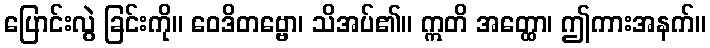
ပြောင်းလွဲ ခြင်းကို။ ဝေဒိတဗ္ဗော၊ သိအပ်၏။ ဣတိ အတ္ထော၊ ဤကားအနက်။